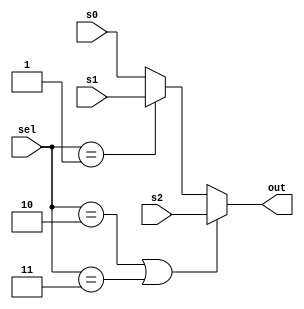
module Mux3to1 #(
    parameter size = 32
) 
(
    input [1:0] sel,
    input signed [size-1:0] s0,
    input signed [size-1:0] s1,
    input signed [size-1:0] s2,
    output signed [size-1:0] out
);

    assign out = (sel == 2'b10 || sel == 2'b11) ? s2 : (sel == 2'b01) ? s1 : s0;
    
endmodule